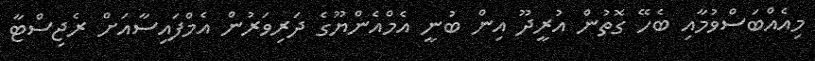
މިއެއްބަސްވުމާއި ބެހޭ ގޮތުން އުރީދޫ އިން ބުނީ އެމްއެންޔޫގެ ދަރިވަރުން އެމްފައިސާއަށް ރެޖިސްޓާ